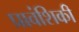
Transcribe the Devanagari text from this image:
प्रावंशिकी